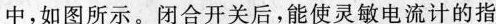
中，如图所示。闭合开关后，能使灵敏电流计的指